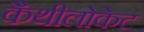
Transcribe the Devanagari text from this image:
कैथीलोकेट